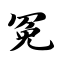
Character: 冤